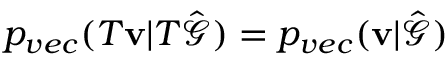
p _ { v e c } ( T \mathbf { v } | T \hat { \mathcal { G } } ) = p _ { v e c } ( \mathbf { v } | \hat { \mathcal { G } } )